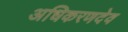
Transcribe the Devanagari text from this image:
अधिकरणदेव